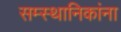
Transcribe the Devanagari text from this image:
सम्स्थानिकांना